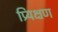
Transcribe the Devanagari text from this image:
प्र्यिक्षण